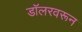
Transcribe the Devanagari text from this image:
डॉलरवरून